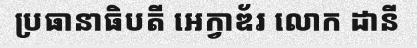
ប្រធានាធិបតី អេក្វាឌ័រ លោក ដានី